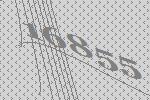
16855